Vaccination North-Western Provinces 1866-1877 - 1866-1877
Year: 1866
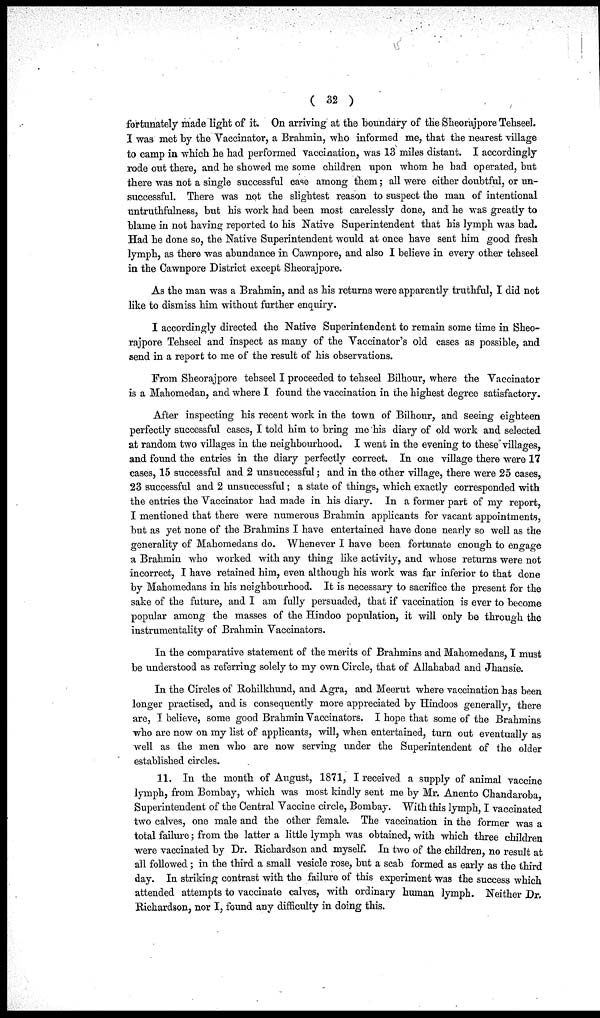
( 32 )
fortunately made light of it. On arriving at the boundary of the Sheorajpore Tehseel.
I was met by the Vaccinator, a Brahmin, who informed me, that the nearest village
to camp in which he had performed vaccination, was 13 miles distant. I accordingly
rode out there, and he showed me some children upon whom he had operated, but
there was not a single successful case among them; all were either doubtful, or un-
successful. There was not the slightest reason to suspect the man of intentional
untruthfulness, but his work had been most carelessly done, and he was greatly to
blame in not having reported to his Native Superintendent that his lymph was bad.
Had he done so, the Native Superintendent would at once have sent him good fresh
lymph, as there was abundance in Cawnpore, and also I believe in every other tehseel
in the Cawnpore District except Sheorajpore.
As the man was a Brahmin, and as his returns were apparently truthful, I did not
like to dismiss him without further enquiry.
I accordingly directed the Native Superintendent to remain some time in Sheo-
rajpore Tehseel and inspect as many of the Vaccinator's old cases as possible, and
send in a report to me of the result of his observations.
From Sheorajpore tehseel I proceeded to tehseel Bilhour, where the Vaccinator
is a Mahomedan, and where I found the vaccination in the highest degree satisfactory.
After inspecting his recent work in the town of Bilhour, and seeing eighteen
perfectly successful cases, I told him to bring me his diary of old work and selected
at random two villages in the neighbourhood. I went in the evening to these villages,
and found the entries in the diary perfectly correct. In one village there were 17
cases, 15 successful and 2 unsuccessful; and in the other village, there were 25 cases,
23 successful and 2 unsuccessful; a state of things, which exactly corresponded with
the entries the Vaccinator had made in his diary. In a former part of my report,
I mentioned that there were numerous Brahmin applicants for vacant appointments,
but as yet none of the Brahmins I have entertained have done nearly so well as the
generality of Mahomedans do. Whenever I have been fortunate enough to engage
a Brahmin who worked with any thing like activity, and whose returns were not
incorrect, I have retained him, even although his work was far inferior to that done
by Mahomedans in his neighbourhood. It is necessary to sacrifice the present for the
sake of the future, and I am fully persuaded, that if vaccination is ever to become
popular among the masses of the Hindoo population, it will only be through the
instrumentality of Brahmin Vaccinators.
In the comparative statement of the merits of Brahmins and Mahomedans, I must
be understood as referring solely to my own Circle, that of Allahabad and Jhansie.
In the Circles of Rohilkhund, and Agra, and Meerut where vaccination has been
longer practised, and is consequently more appreciated by Hindoos generally, there
are, I believe, some good Brahmin Vaccinators. I hope that some of the Brahmins
who are now on my list of applicants, will, when entertained, turn out eventually as
well as the men who are now serving under the Superintendent of the older
established circles.
11. In the month of August, 1871, I received a supply of animal vaccine
lymph, from Bombay, which was most kindly sent me by Mr. Anento Chandaroba,
Superintendent of the Central Vaccine circle, Bombay. With this lymph, I vaccinated
two calves, one male and the other female. The vaccination in the former was a
total failure; from the latter a little lymph was obtained, with which three children
were vaccinated by Dr. Richardson and myself. In two of the children, no result at
all followed; in the third a small vesicle rose, but a scab formed as early as the third
day. In striking contrast with the failure of this experiment was the success which
attended attempts to vaccinate calves, with ordinary human lymph. Neither Dr.
Richardson, nor I, found any difficulty in doing this.